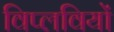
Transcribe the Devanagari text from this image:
विप्लवियों